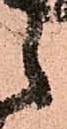
之